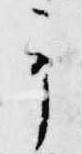
予